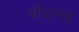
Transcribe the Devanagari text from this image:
बंदिल्ला